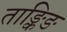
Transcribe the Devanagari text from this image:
ताङ्किङ